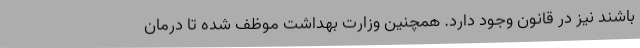
باشند نیز در قانون وجود دارد. همچنین وزارت بهداشت موظف شده تا درمان